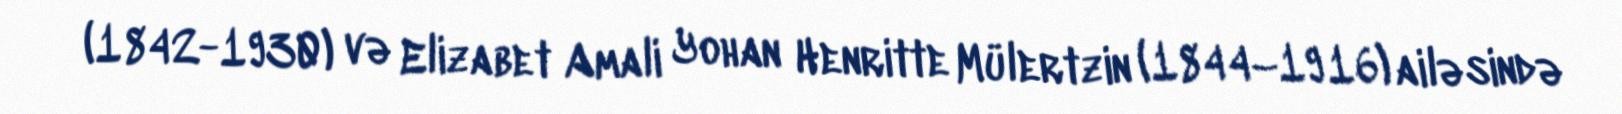
(1842-1930) və Elizabet Amali Yohan Henritte Mülertzin (1844–1916) ailəsində